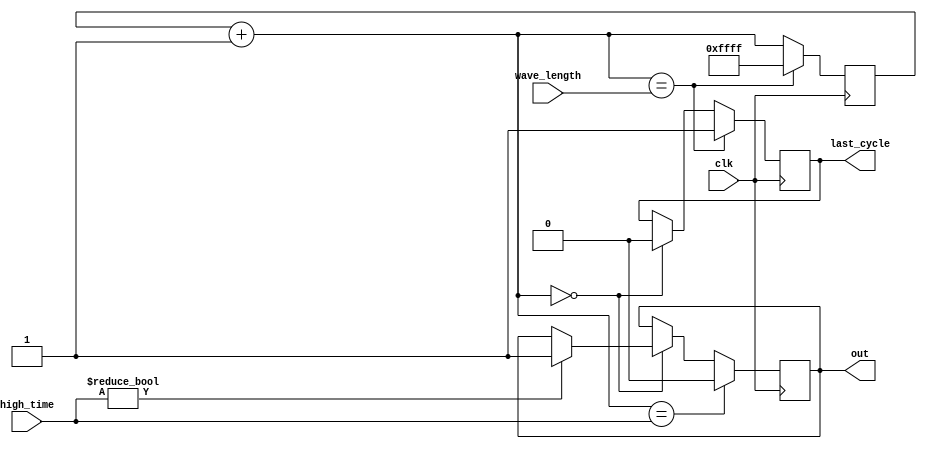
////////////////////////////////////////////////////////////////
//
// Pulse Width Modulator
//
//  |~~~~~~~~~~~~~~~~|_____|~~~~~~~~~~~~~~~~|_____|~~  out
//  _____________________|~|____________________|~|__  last_cycle
//  | <- wave_length+1   ->|
//  | <- high_time ->|
//

module pwm #
    (
     parameter integer WIDTH = 16
     )
    (
     input             clk,
     input [WIDTH-1:0] wave_length,
     input [WIDTH-1:0] high_time,
     output reg        out,
     output            last_cycle
     );


    reg [WIDTH-1:0]    counter = -1;
    reg                last = 0;

    assign last_cycle = last;

    always @(posedge clk) begin
        counter = counter + 1;

        if (counter == 0) begin
            last <= 0;
            if (high_time != 0)
                out <= 1;
        end

        if (counter == high_time)
            out <= 0;
        if (counter == wave_length) begin
            counter <= -1;
            last <= 1;
        end

    end

endmodule